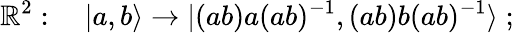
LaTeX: {\cal\mathbb{R}}^{2}:\quad|a,b\rangle\to|(ab)a(ab)^{-1},(ab)b(ab)^{-1}\rangle\; ;